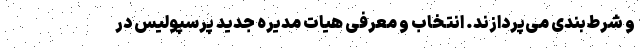
و شرط‌بندی می‌پردازند. انتخاب و معرفی هیات مدیره جدید پرسپولیس در